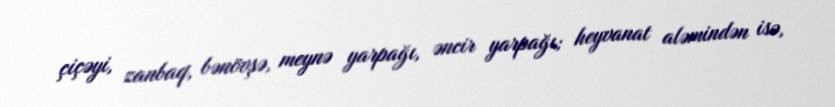
çiçəyi, zanbaq, bənövşə, meynə yarpağı, əncir yarpağı; heyvanat aləmindən isə,